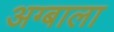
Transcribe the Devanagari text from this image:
अग्बाला